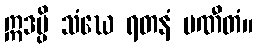
ဣဒမ္ပိ သံဃေ ရတနံ ပဏီတံ။